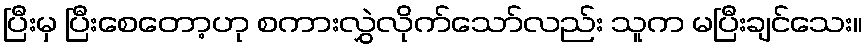
ပြီးမှ ပြီးစေတော့ဟု စကားလွှဲလိုက်သော်လည်း သူက မပြီးချင်သေး။